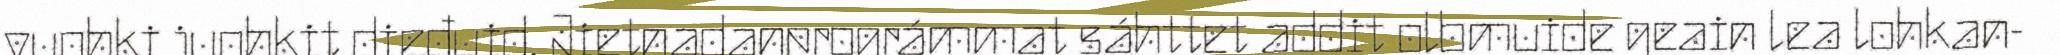
vuohki juohkit dieđuid. Jietnadanprográmmat sáhttet addit olbmuide geain lea lohkan-